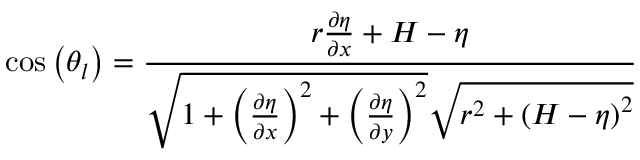
\cos \left( \theta _ { l } \right) = \frac { r \frac { \partial \eta } { \partial x } + H - \eta } { \sqrt { 1 + \left( \frac { \partial \eta } { \partial x } \right) ^ { 2 } + \left( \frac { \partial \eta } { \partial y } \right) ^ { 2 } } \sqrt { r ^ { 2 } + \left( H - \eta \right) ^ { 2 } } }